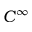
C ^ { \infty }